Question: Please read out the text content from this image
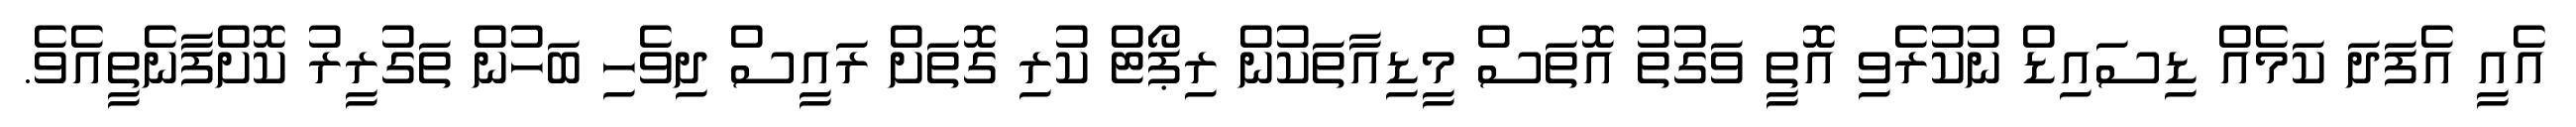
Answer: އެއީ އެފަދަ ކަމެއް ޑިސައިޑް ނުކުރެވި އޮތީ ވަގުތު އޮތަސް މީޑިއާތަކުން ރިޕޯޓް ކުރި ގޮތަށް ރައީސް ދިވެހި ބަހުން ތަގުރީރު ކޮށްފާނެތީއެވެ.